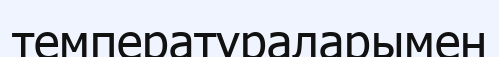
температураларымен